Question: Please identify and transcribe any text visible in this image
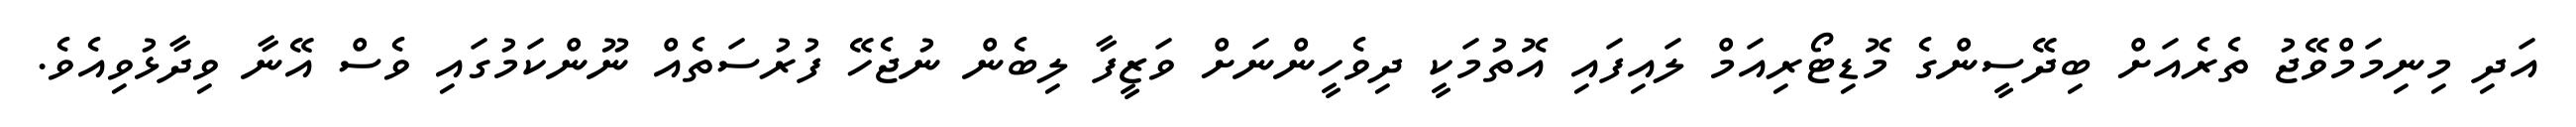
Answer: އަދި މިނިމަމްވޭޖު ތެރެއަށް ބިދޭސީންގެ މޮޑިޓޯރިއަމް ލައިފައި އޮތުމަކީ ދިވެހީންނަށް ވަޒީފާ ލިބެން ނުޖެހޭ ފުރުސަތެއް ނޫންކަމުގައި ވެސް އޭނާ ވިދާޅުވިއެވެ.